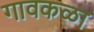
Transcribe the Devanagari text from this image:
गावकळा